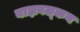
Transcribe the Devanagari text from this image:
याज्ञवल्‍कय